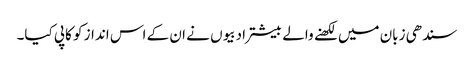
سندھی زبان میں لکھنے والے بیشتر ادبیوں نے ان کے اس انداز کو کاپی کیا۔